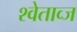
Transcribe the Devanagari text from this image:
श्वेताव्ज